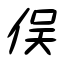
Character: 俣